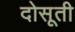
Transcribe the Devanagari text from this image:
दोसूती